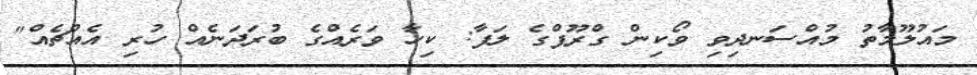
މައުލޫމާތު މުއްސަނދިވި ވޯކިން ގްރޫޕްގެ ލަފާ: ކިހާ ވަރެއްގެ ބުރަދަނެއް ހުރި އެއްޗެއް"